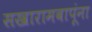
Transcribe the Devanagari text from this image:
सखारामबापूंना